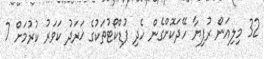
32 މިލިއަން ރުފިޔާ ހޭދަކޮށްގެން ހެދި ފުޑްކޯޓުތަކުގެ ޚަރަދު ކަވަރު ކުރުމަށް 7